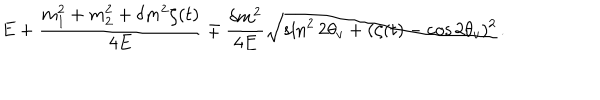
LaTeX: E + \frac { m _ { 1 } ^ { 2 } + m _ { 2 } ^ { 2 } + \delta m ^ { 2 } \zeta ( t ) } { 4 E } \mp \frac { \delta m ^ { 2 } } { 4 E } \sqrt { \sin ^ { 2 } { 2 \theta _ { v } } + ( \zeta ( t ) - \cos { 2 \theta _ { v } } ) ^ { 2 } } \, .